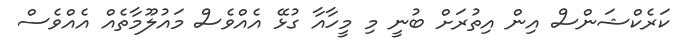
ކަރެކްޝަންސް އިން އިތުރަށް ބުނީ މި މީހާއާ ގުޅޭ އެއްވެސް މައުލޫމާތެއް އެއްވެސް